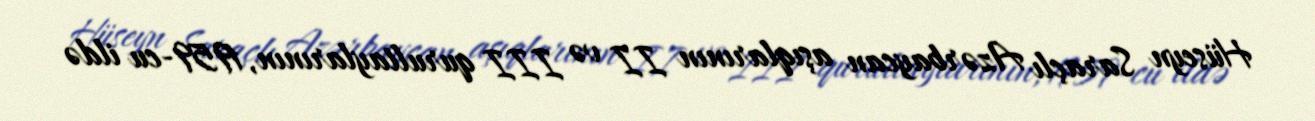
Hüseyn Saraçlı Azərbaycan aşıqlarının II və III qurultaylarının, 1959-cu ildə